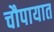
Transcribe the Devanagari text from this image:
चौपायात